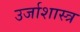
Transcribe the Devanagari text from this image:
उर्जाशास्त्र